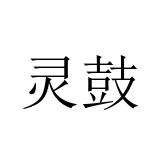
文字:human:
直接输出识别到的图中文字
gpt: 灵鼓